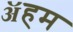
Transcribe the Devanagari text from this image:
ॲहम